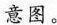
意图。